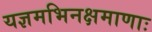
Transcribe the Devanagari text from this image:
यज्ञमभिनक्षमाणाः